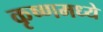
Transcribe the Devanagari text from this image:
कृष्णमध्ये